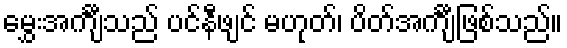
မွှေးအင်္ကျီသည် ပင်နီဖျင် မဟုတ်၊ ပိတ်အင်္ကျီဖြစ်သည်။